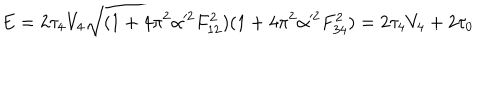
E = 2 \tau _ { 4 } V _ { 4 } \sqrt { ( 1 + 4 \pi ^ { 2 } \alpha ^ { 2 } F _ { 1 2 } ^ { 2 } ) ( 1 + 4 \pi ^ { 2 } \alpha ^ { 2 } F _ { 3 4 } ^ { 2 } ) } = 2 \tau _ { 4 } V _ { 4 } + 2 \tau _ { 0 }